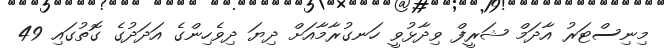
މިނިސްޓަރު އާދަމް ޝަރީފް ވިދާޅުވީ ހަނގުރާމާއަށް ދިޔަ ދިވެހިންގެ އަދަދުގެ ގޮތުގައި 49